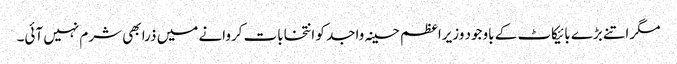
مگر اتنے بڑے بائیکاٹ کے باوجود وزیراعظم حسینہ واجد کو انتخابات کروانے میں ذرا بھی شرم نہیں آئی۔